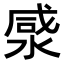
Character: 𭱡